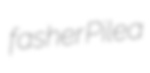
fasher Pilea